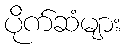
ပိုက်ဆံများ